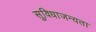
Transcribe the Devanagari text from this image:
सुविधाजन्यता